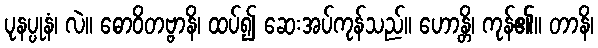
ပုနပ္ပုနံ၊ လဲ။ ဓောဝိတဗ္ဗာနိ၊ ထပ်၍ ဆေးအပ်ကုန်သည်။ ဟောန္တိ၊ ကုန်၏။ တာနိ၊